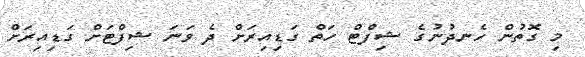
މި ގޮތުން ހެނދުނުގެ ޝިފްޓް ހަތް ގަޑިއިރަށް ދެ ވަނަ ޝިފްޓަށް ގަޑިއިރަށް